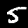
Label: 5